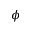
\phi